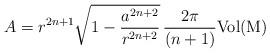
LaTeX: \begin{align*}A=r^{2n+1}\sqrt{1-\frac{a^{2n+2}}{r^{2n+2}}}\,\frac{2\pi}{(n+1)}{\mathrm{Vol{(M)}}}\end{align*}